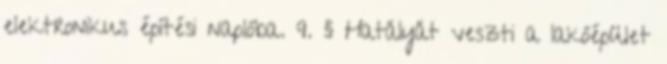
elektronikus építési naplóba. 9. § Hatályát veszti a lakóépület